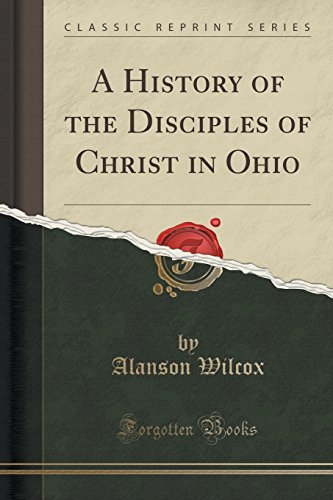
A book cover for A History of the Disciples of Christ in Ohio (Classic Reprint); Alanson Wilcox; Biographies & Memoirs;